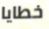
خطايا